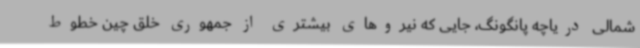
شمالی دریاچه پانگونگ، جایی که نیروهای بیشتری از جمهوری خلق چین خطوط